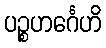
ပဉ္စဟင်္ဂေဟိ